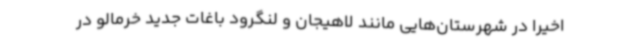
اخیرا در شهرستان‌هایی مانند لاهیجان و لنگرود باغات جدید خرمالو در